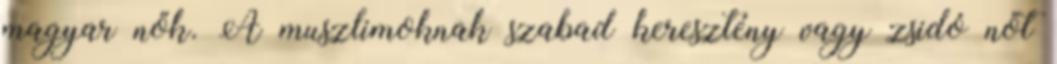
magyar nők. A muszlimoknak szabad keresztény vagy zsidó nőt